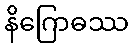
နိဂြောဓဿ